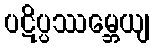
ပဋိပ္ပဿမ္ဘေယျ